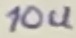
Text: 10u